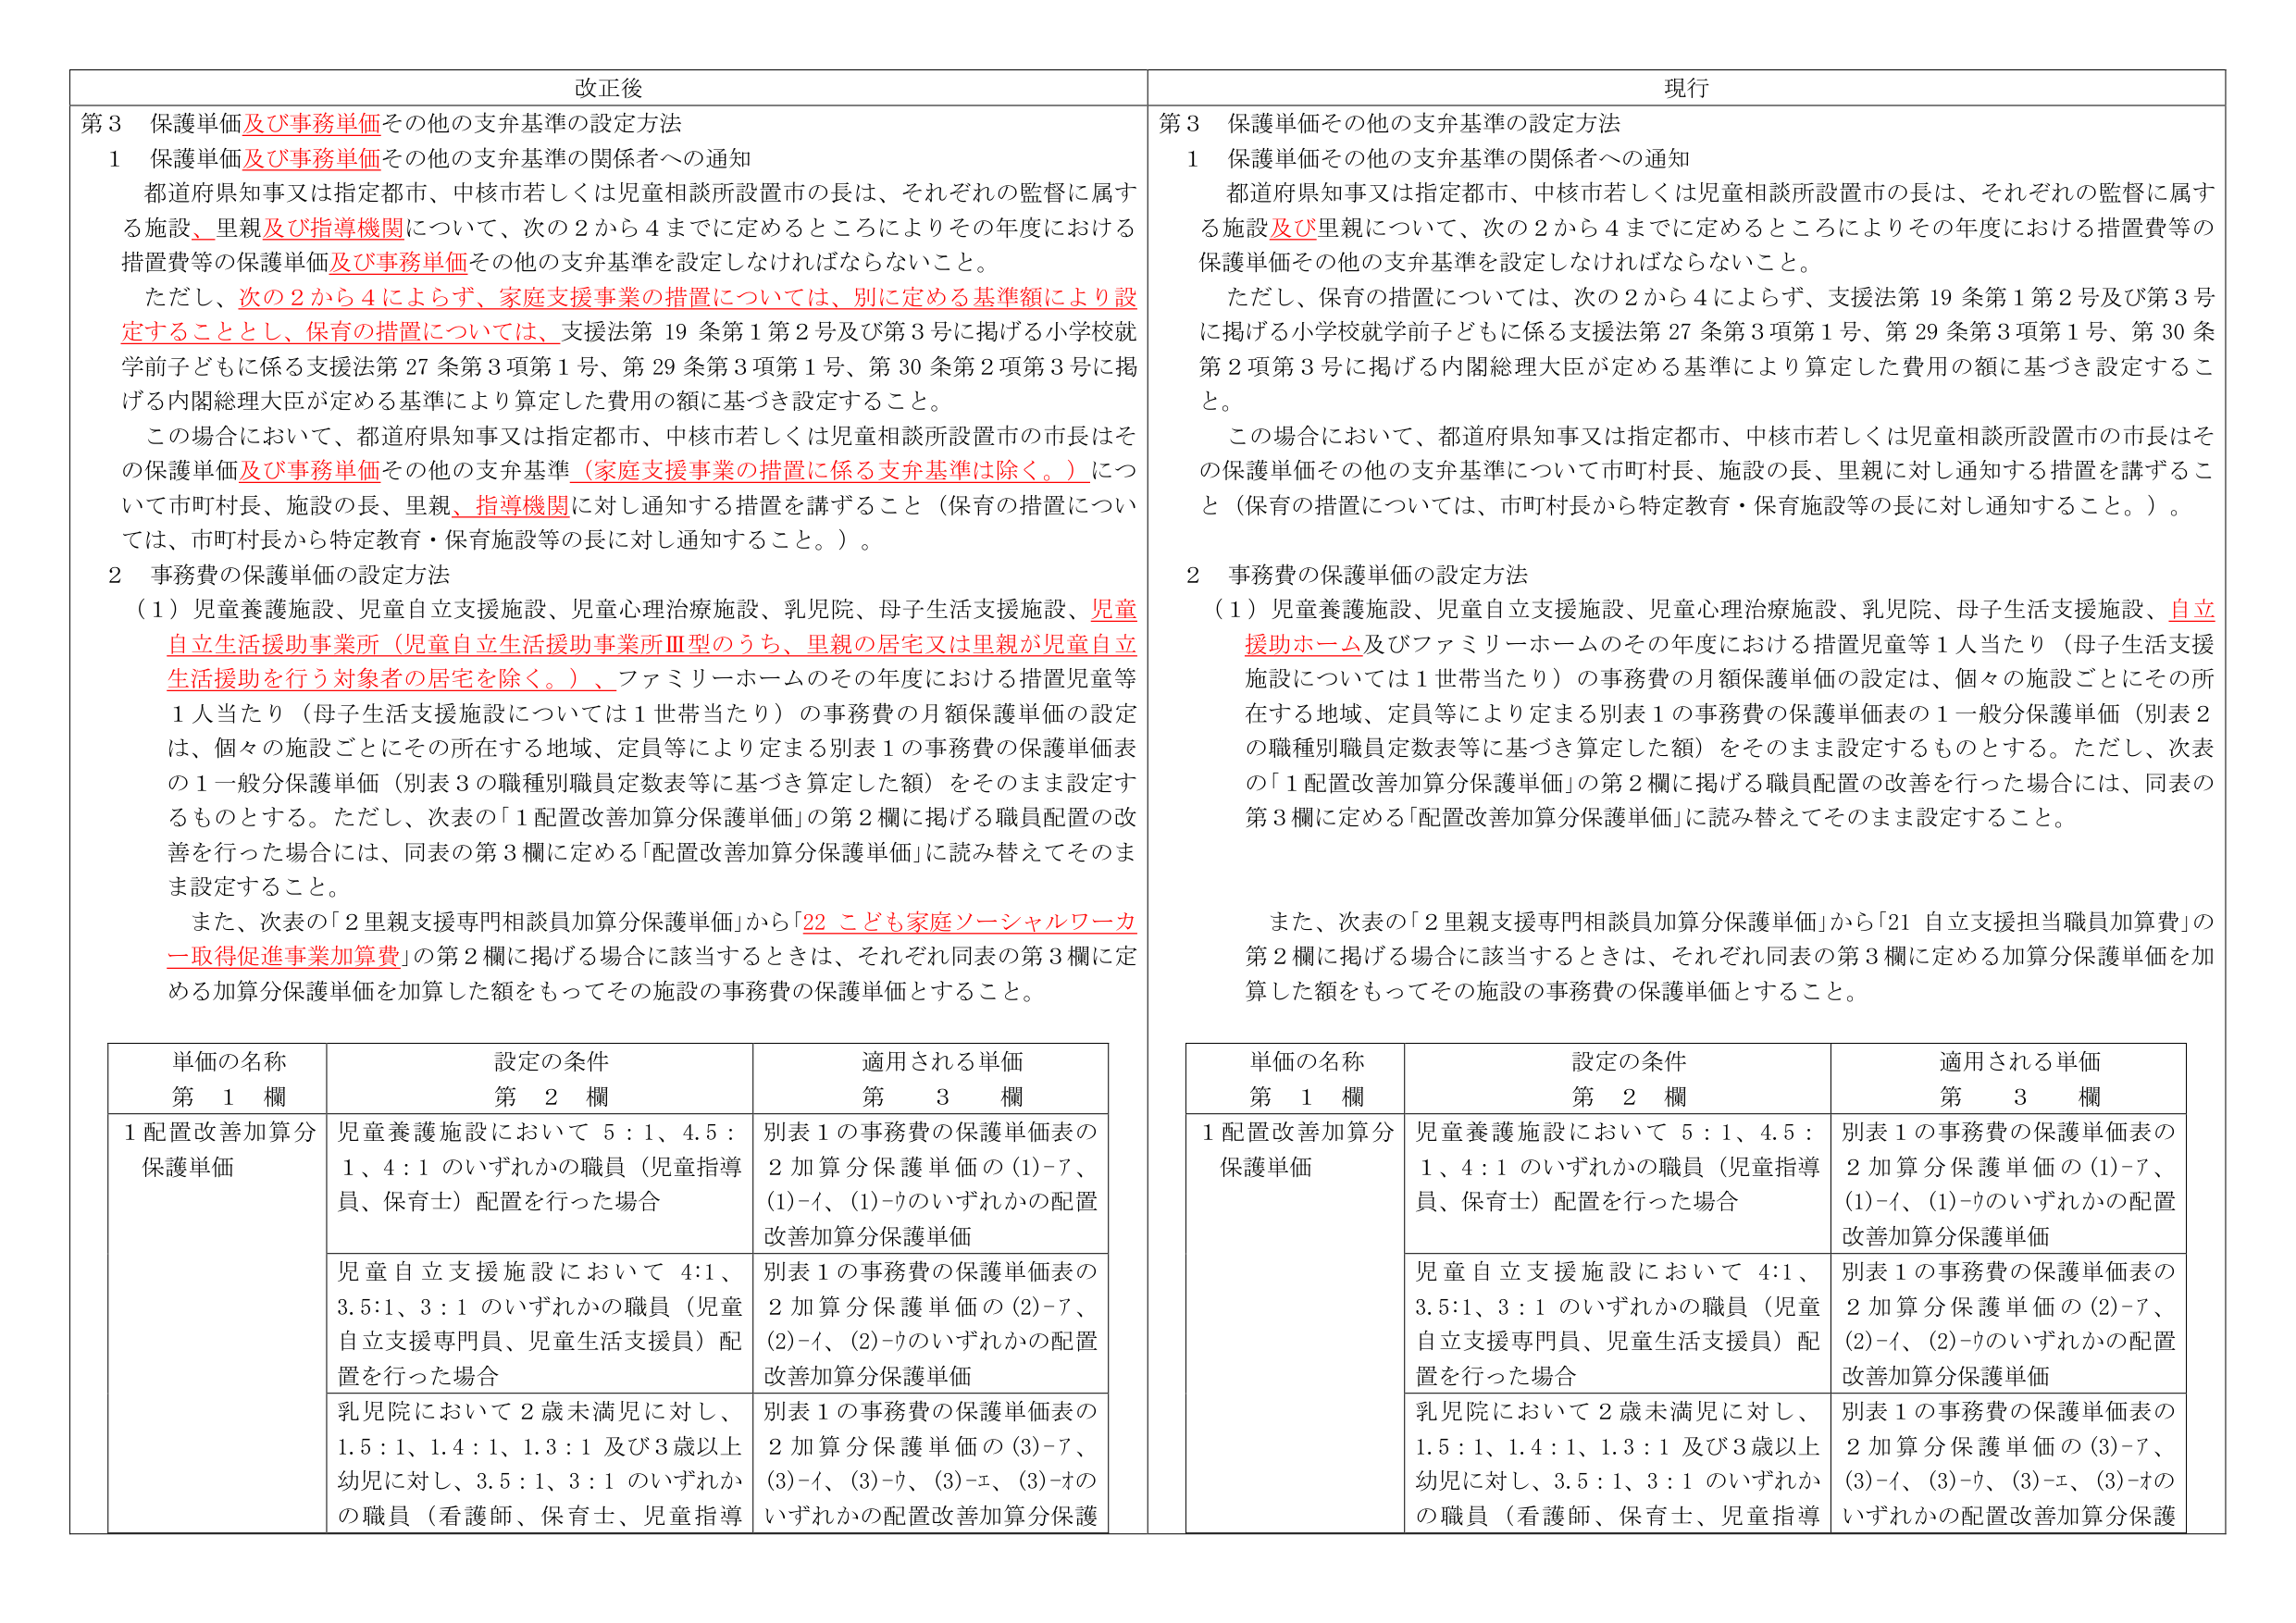
改正後

第3 保護単価及び事務単価その他の支弁基準の設定方法

1 保護単価及び事務単価その他の支弁基準の関係者への通知
都道府県知事又は指定都市、中核市若しくは児童相談所設置市の長は、それぞれの監督に属する施設、里親及び指導機関について、次の2から4までに定めるところによりその年度における措置費等の保護単価及び事務単価その他の支弁基準を設定しなければならないこと。
ただし、次の2から4によらず、家庭支援事業の措置については、別に定める基準額により設定することとし、保育の措置については、支援法第19条第1第2号及び第3号に掲げる小学校就学前子どもに係る支援法第27条第3項第1号、第29条第3項第1号、第30条第2項第3号に掲げる内閣総理大臣が定める基準により算定した費用の額に基づき設定すること。
この場合において、都道府県知事又は指定都市、中核市若しくは児童相談所設置市の市長はその保護単価及び事務単価その他の支弁基準（家庭支援事業の措置に係る支弁基準は除く。）について市町村長、施設の長、里親、指導機関に対し通知する措置を講ずること（保育の措置については、市町村長から特定教育・保育施設等の長に対し通知すること。）。

2 事務費の保護単価の設定方法
（1）児童養護施設、児童自立支援施設、児童心理治療施設、乳児院、母子生活支援施設、児童自立生活援助事業所（児童自立生活援助事業所Ⅲ型のうち、里親の居宅又は里親が児童自立生活援助を行う対象者の居宅を除く。）、ファミリーホームのその年度における措置児童等1人当たり（母子生活支援施設については1世帯当たり）の事務費の月額保護単価の設定は、個々の施設ごとにその所在する地域、定員等により定まる別表1の事務費の保護単価表の1一般分保護単価（別表3の職種別職員定数表等に基づき算定した額）をそのまま設定するものとする。ただし、次表の「1配置改善加算分保護単価」の第2欄に掲げる職員配置の改善を行った場合には、同表の第3欄に定める「配置改善加算分保護単価」に読み替えてそのまま設定すること。
また、次表の「2里親支援専門相談員加算分保護単価」から「22 こども家庭ソーシャルワーカー取得促進事業加算費」の第2欄に掲げる場合に該当するときは、それぞれ同表の第3欄に定める加算分保護単価を加算した額をもってその施設の事務費の保護単価とすること。

単価の名称 第1欄
設定の条件 第2欄
適用される単価 第3欄

1配置改善加算分保護単価
児童養護施設において 5:1、4.5:1、4:1 のいずれかの職員（児童指導員、保育士）配置を行った場合
別表1の事務費の保護単価表の2加算分保護単価の(1)-7、(1)-イ、(1)-ウのいずれかの配置改善加算分保護単価

児童自立支援施設において 4:1、3.5:1、3:1 のいずれかの職員（児童自立支援専門員、児童生活支援員）配置を行った場合
別表1の事務費の保護単価表の2加算分保護単価の(2)-7、(2)-イ、(2)-ウのいずれかの配置改善加算分保護単価

乳児院において2歳未満児に対し、1.5:1、1.4:1、1.3:1 及び3歳以上幼児に対し、3.5:1、3:1 のいずれかの職員（看護師、保育士、児童指導

現行

第3 保護単価その他の支弁基準の設定方法

1 保護単価その他の支弁基準の関係者への通知
都道府県知事又は指定都市、中核市若しくは児童相談所設置市の長は、それぞれの監督に属する施設及び里親について、次の2から4までに定めるところによりその年度における措置費等の保護単価その他の支弁基準を設定しなければならないこと。
ただし、保育の措置については、次の2から4によらず、支援法第19条第1第2号及び第3号に掲げる小学校就学前子どもに係る支援法第27条第3項第1号、第29条第3項第1号、第30条第2項第3号に掲げる内閣総理大臣が定める基準により算定した費用の額に基づき設定すること。
この場合において、都道府県知事又は指定都市、中核市若しくは児童相談所設置市の市長はその保護単価その他の支弁基準について市町村長、施設の長、里親に対し通知する措置を講ずること（保育の措置については、市町村長から特定教育・保育施設等の長に対し通知すること。）。

2 事務費の保護単価の設定方法
（1）児童養護施設、児童自立支援施設、児童心理治療施設、乳児院、母子生活支援施設、自立援助ホーム及びファミリーホームのその年度における措置児童等1人当たり（母子生活支援施設については1世帯当たり）の事務費の月額保護単価の設定は、個々の施設ごとにその所在する地域、定員等により定まる別表1の事務費の保護単価表の1一般分保護単価（別表2の職種別職員定数表等に基づき算定した額）をそのまま設定するものとする。ただし、次表の「1配置改善加算分保護単価」の第2欄に掲げる職員配置の改善を行った場合には、同表の第3欄に定める「配置改善加算分保護単価」に読み替えてそのまま設定すること。
また、次表の「2里親支援専門相談員加算分保護単価」から「21 自立支援担当職員加算費」の第2欄に掲げる場合に該当するときは、それぞれ同表の第3欄に定める加算分保護単価を加算した額をもってその施設の事務費の保護単価とすること。

単価の名称 第1欄
設定の条件 第2欄
適用される単価 第3欄

1配置改善加算分保護単価
児童養護施設において 5:1、4.5:1、4:1 のいずれかの職員（児童指導員、保育士）配置を行った場合
別表1の事務費の保護単価表の2加算分保護単価の(1)-7、(1)-イ、(1)-ウのいずれかの配置改善加算分保護単価

児童自立支援施設において 4:1、3.5:1、3:1 のいずれかの職員（児童自立支援専門員、児童生活支援員）配置を行った場合
別表1の事務費の保護単価表の2加算分保護単価の(2)-7、(2)-イ、(2)-ウのいずれかの配置改善加算分保護単価

乳児院において2歳未満児に対し、1.5:1、1.4:1、1.3:1 及び3歳以上幼児に対し、3.5:1、3:1 のいずれかの職員（看護師、保育士、児童指導